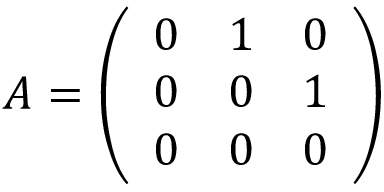
A = { \left( \begin{array} { l l l } { 0 } & { 1 } & { 0 } \\ { 0 } & { 0 } & { 1 } \\ { 0 } & { 0 } & { 0 } \end{array} \right) }